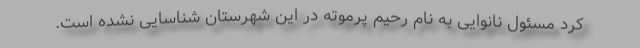
کرد مسئول نانوایی به نام رحیم پرموته در این شهرستان شناسایی نشده است.